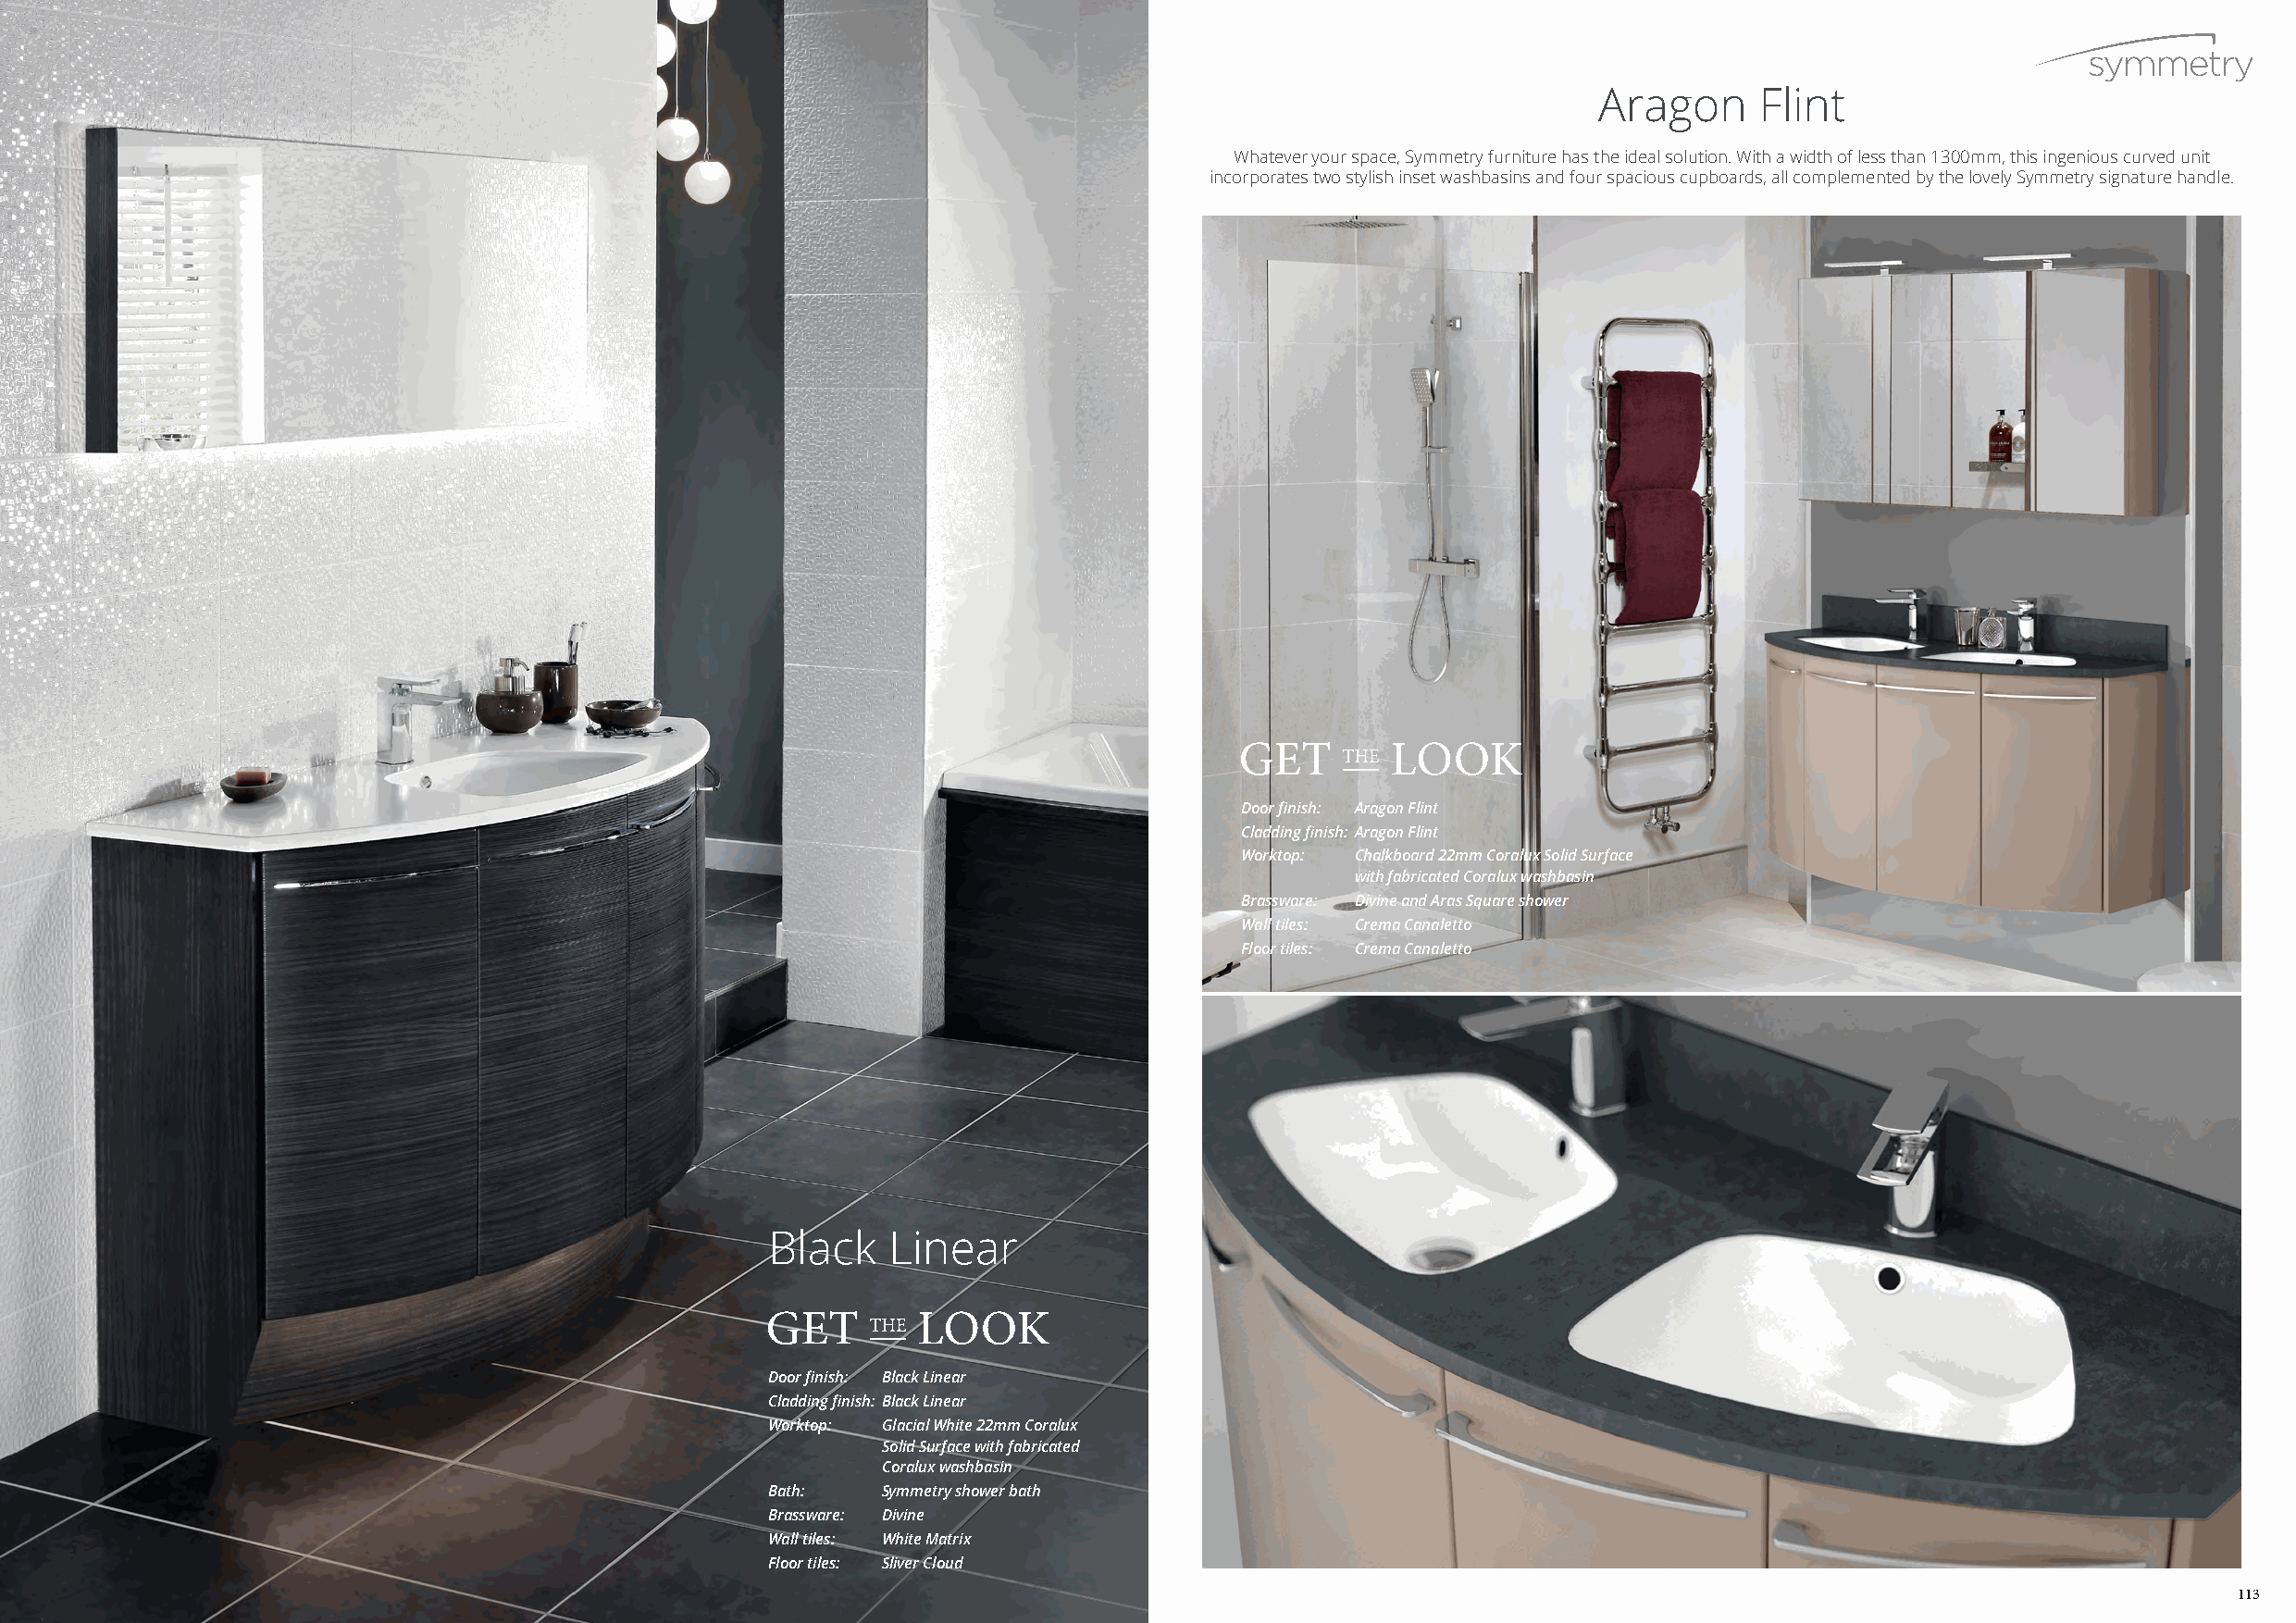
Aragon      Flint
 Whatever your space, Symmetry furniture has the ideal solution. With a width of less than 1300mm, this ingenious curved unit
 incorporates two stylish inset washbasins and four spacious cupboards, all complemented by the lovely Symmetry signature handle.
 Door finish: Aragon Flint
 Cladding finish: Aragon Flint
 Worktop: Chalkboard 22mm Coralux Solid Surface
 with fabricated Coralux washbasin
 Brassware: Divine and Aras Square shower
 Wall tiles: Crema Canaletto
 Floor tiles: Crema Canaletto
 Black    Linear
 Door finish: Black Linear
 Cladding finish: Black Linear
 Worktop: Glacial White 22mm Coralux
 Solid Surface with fabricated
 Coralux washbasin
 Bath:   Symmetry shower bath
 Brassware: Divine
 Wall tiles: White Matrix
 Floor tiles: Sliver Cloud
 113